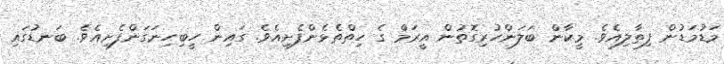
މަޑުމަޑުން ފިތާލިއެވެ. މީކާން ބަލަންހުރިގޮތުން އީރަމް ގެ ހިތްތެޅެންފެށިއެވެ. ގައިން ހީބިހިނަގަންފެށިއެވެ. ބަނޑުގައި